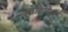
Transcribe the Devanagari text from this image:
न्यूरोटिसिज्म